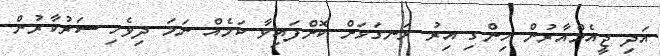
އަދި ޖީއެމްއާރުން ހިންގި އިރު ރަނގަޅަށް ކޮށްފައިވާ ކަމެއް ނަމަ ދިވެހި ސަރުކާރުން